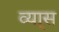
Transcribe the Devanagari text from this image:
व्या्स